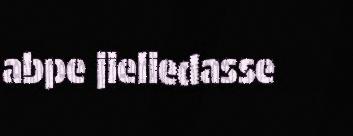
abpe jieliedasse